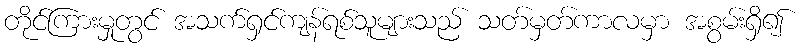
တိုင်ကြားမှုတွင် အသက်ရှင်ကျန်ရစ်သူများသည် သတ်မှတ်ကာလမှာ အစွမ်းရှိ၍